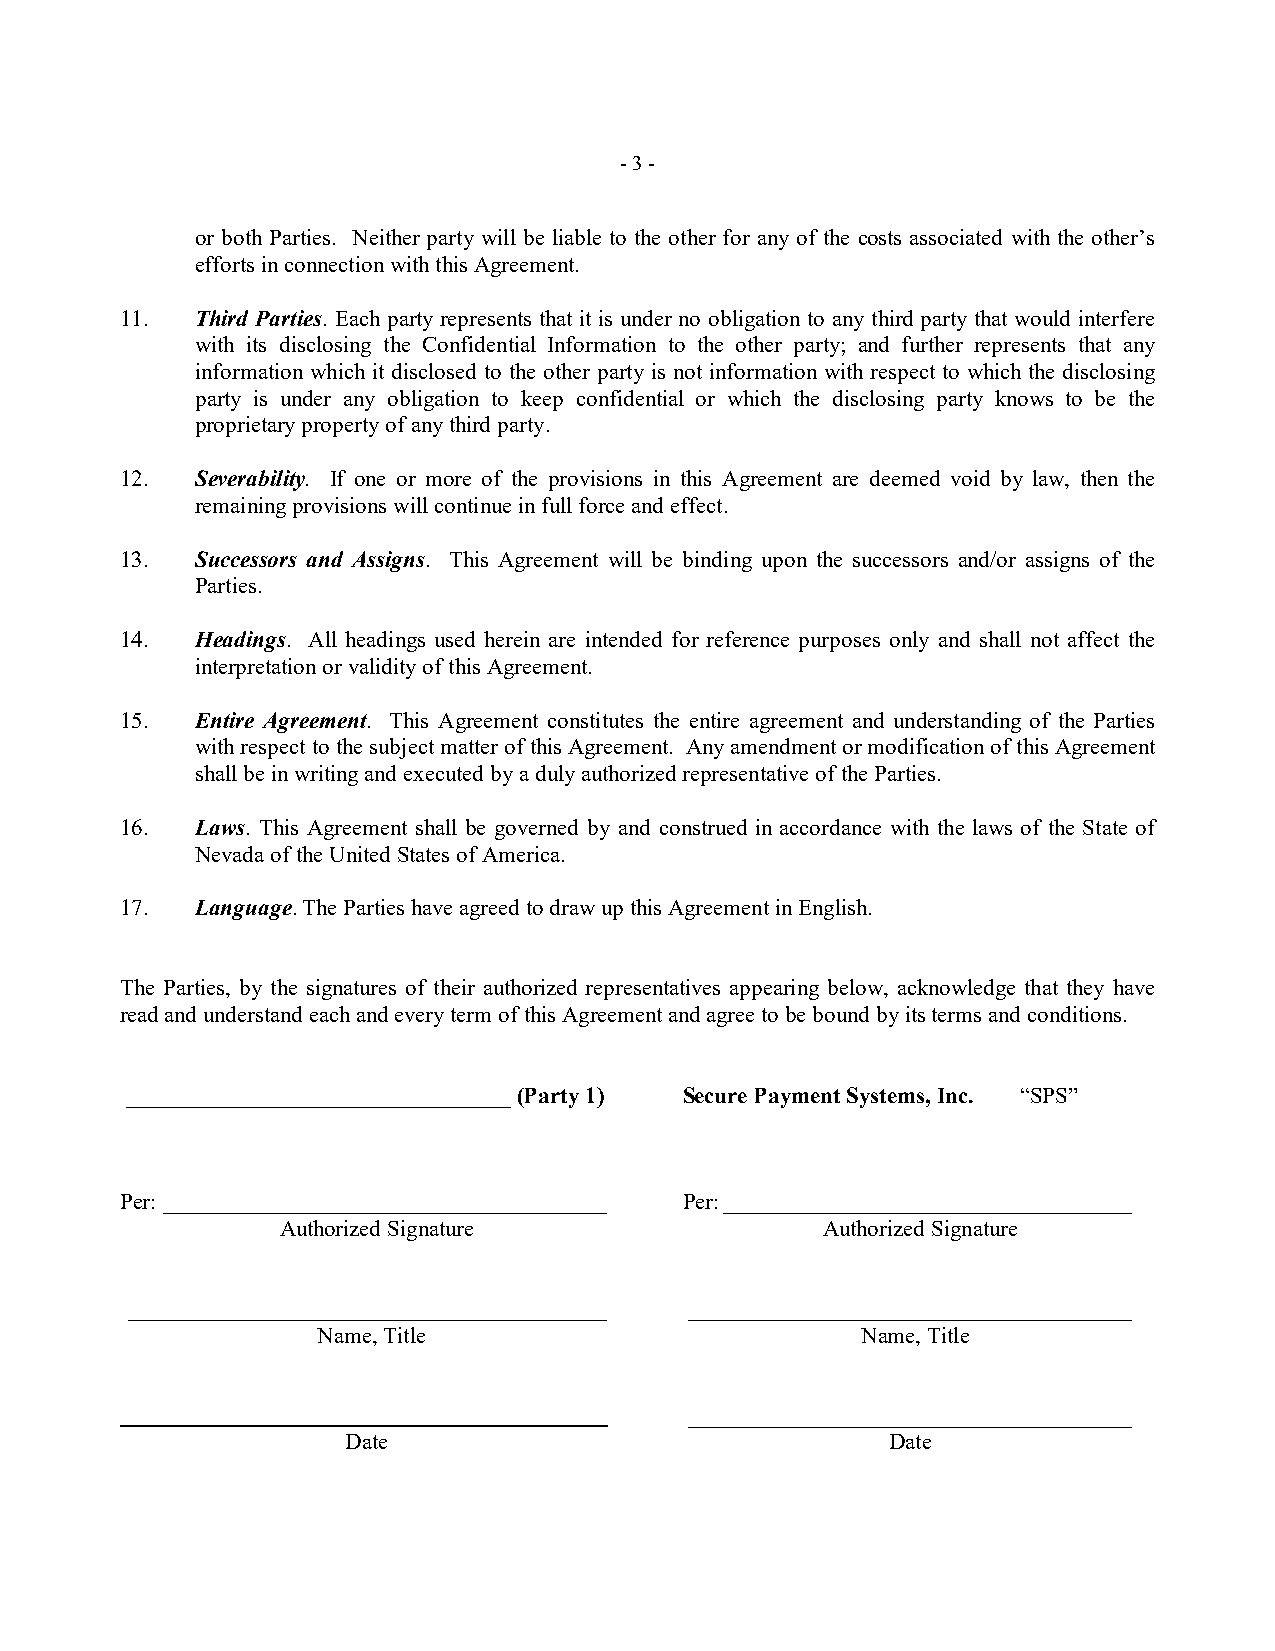
-3 -
 or both Parties. Neither party will be liable to the other for any of the costs associated with the other’s
 efforts in connection with this Agreement.
 11.  Third Parties. Each party represents that it is under no obligation to any third party that would interfere
 with its disclosing the Confidential Information to the other party; and further represents that any
 information which it disclosed to the other party is not information with respect to which the disclosing
 party is under any obligation to keep confidential or which the disclosing party knows to be the
 proprietary property of any third party.
 12.  Severability. If one or more of the provisions in this Agreement are deemed void by law, then the
 remaining provisions will continue in full force and effect.
 13.  Successors and Assigns. This Agreement will be binding upon the successors and/or assigns of the
 Parties.
 14.  Headings. All headings used herein are intended for reference purposes only and shall not affect the
 interpretation or validity of this Agreement.
 15.  Entire Agreement. This Agreement constitutes the entire agreement and understanding of the Parties
 with respect to the subject matter of this Agreement. Any amendment or modification of this Agreement
 shall be in writing and executed by a duly authorized representative of the Parties.
 16.  Laws. This Agreement shall be governed by and construed in accordance with the laws of the State of
 Nevada of the United States of America.
 17.  Language. The Parties have agreed to draw up this Agreement in English.
 The Parties, by the signatures of their authorized representatives appearing below, acknowledge that they have
 read and understand each and every term of this Agreement and agree to be bound by its terms and conditions.
 _________________________________ (Party 1) Secure Payment Systems, Inc. “SPS”
 Per: ______________________________________ Per: ___________________________________
 Authorized Signature                Authorized Signature
 _________________________________________ ______________________________________
 Name, Title                         Name, Title
 ______________________________________
 Date                                Date